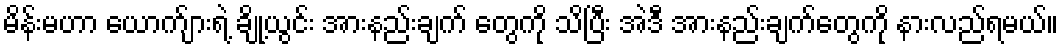
မိန်းမဟာ ယောက်ျားရဲ့ ချို့ယွင်း အားနည်းချက် တွေကို သိပြီး အဲဒီ အားနည်းချက်တွေကို နားလည်ရမယ်။